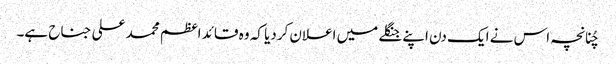
چُنانچہ اس نے ایک دن اپنے جنگلے میں اعلان کردیا کہ وہ قائد اعظم محمد علی جناح ہے۔